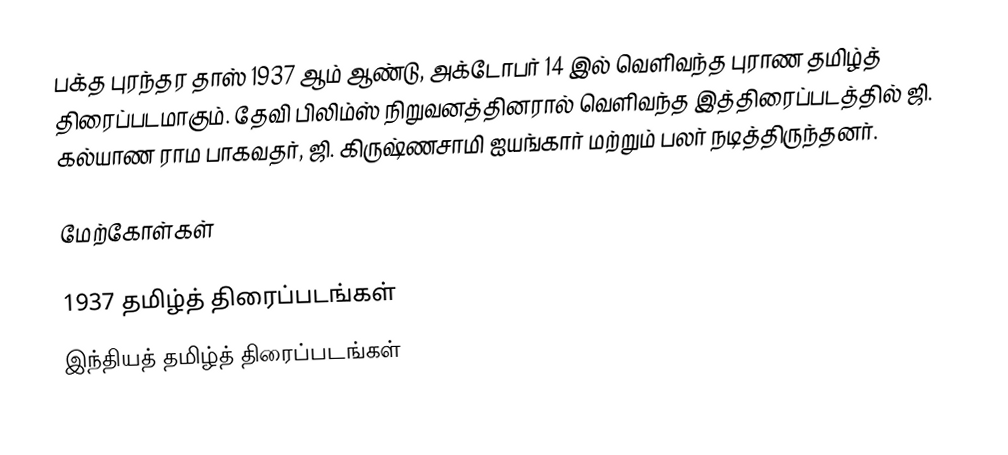
பக்த புரந்தர தாஸ் 1937 ஆம் ஆண்டு, அக்டோபர் 14 இல் வெளிவந்த புராண தமிழ்த் திரைப்படமாகும். தேவி பிலிம்ஸ் நிறுவனத்தினரால் வெளிவந்த இத்திரைப்படத்தில் ஜி. கல்யாண ராம பாகவதர், ஜி. கிருஷ்ணசாமி ஐயங்கார் மற்றும் பலர் நடித்திருந்தனர்.

மேற்கோள்கள்

1937 தமிழ்த் திரைப்படங்கள்
இந்தியத் தமிழ்த் திரைப்படங்கள்